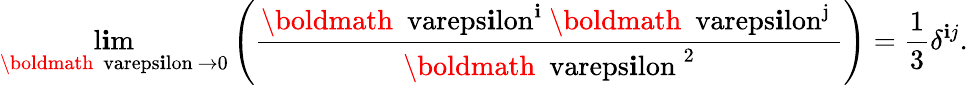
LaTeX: \operatorname*{l\mathbf{i}m}_{{\mathrm{{\boldmath~\ vareps\mathbf{i}lon~}}}\to0}\left(\frac{{\mathrm{{{\boldmath~\ vareps\mathbf{i}lon^{\mathbf{i}}~}}}\mathrm{{{\boldmath~\ vareps\mathbf{i}lon^{j}~}}}}}{{{\mathrm{{\boldmath~\ vareps\mathbf{i}lon~}}}^{2}}}\right)=\frac{{1}}{{3}}\delta^{\mathbf{i}j}.